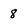
Character: 8